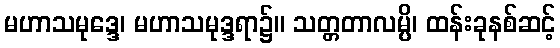
မဟာသမုဒ္ဒေ၊ မဟာသမုဒ္ဒရာ၌။ သတ္တတာလမ္ပိ၊ ထန်းခုနစ်ဆင့်